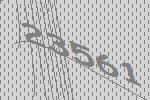
23561